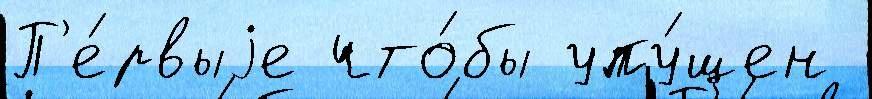
П'е́рвыjе что́бы упу́щен